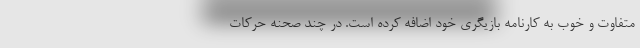
متفاوت و خوب به کارنامه بازیگری خود اضافه کرده است. در چند صحنه حرکات